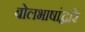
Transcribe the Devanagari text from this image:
बोलभाषांद्वारे